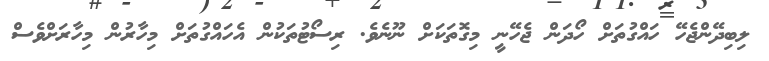
ލިބިދޭންޖެހޭ ހައްގުތަށް ހޯދަން ޖެހޭނީ މިގޮތަކަށް ނޫނެވެ. ރިސޯޓުތަކުން އެހައްގުތަށް މިހާރުން މިހާރަށްވެސް